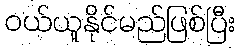
ဝယ်ယူနိုင်မည်ဖြစ်ပြီး